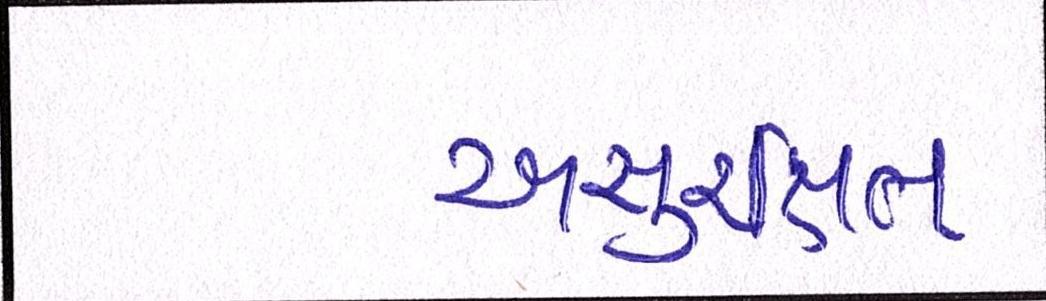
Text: અસુરિક્ષત